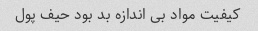
کیفیت مواد بی اندازه بد بود حیف پول